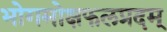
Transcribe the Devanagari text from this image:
भोगमोक्षफलप्रदम्